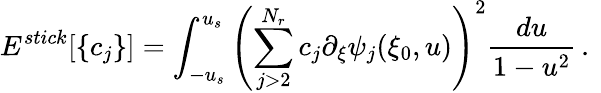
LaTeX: E^{stick}[\{ c_{j}\} ]=\int_{-u_{s}}^{u_{s}}\left(\sum_{j>2}^{N_{r}}c_{j}\partial_{\xi}\psi_{j}(\xi_{0},u)\right)^{2}\frac{d{u}}{1-u^{2}}\, .\